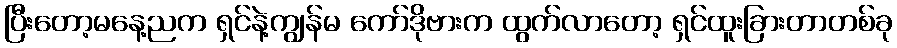
ပြီးတော့မနေ့ညက ရှင်နဲ့ကျွန်မ ကော်ဒိုဗားက ထွက်လာတော့ ရှင်ထူးခြားတာတစ်ခု